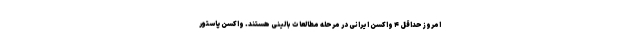
امروز حداقل ۴ واکسن ایرانی در مرحله مطالعات بالینی هستند. واکسن پاستور